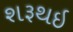
શરૂથઇ